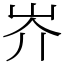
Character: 岕